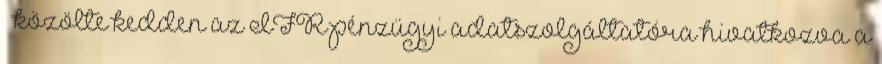
– közölte kedden az IFR pénzügyi adatszolgáltatóra hivatkozva a